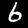
Digit: 6